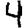
Digit: 4